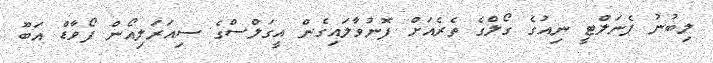
ލިބުނު ޕެނަލްޓީ ނިއުގެ ގޯލްގެ ތެރެއަށް ފޮނުވާލައިގެން އީގަލްސްގެ ސިއަރަލިއޯން ފޯވާޑް އަބޫ